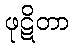
ဖုဋိတာ